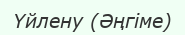
Үйлену (Әңгіме)